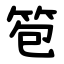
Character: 笣